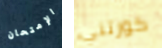
الإمتحان كورتني